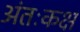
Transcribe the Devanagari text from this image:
अंतःकक्ष